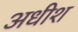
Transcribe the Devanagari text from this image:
अधीश